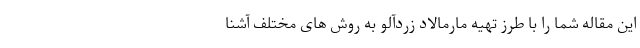
این مقاله شما را با طرز تهیه مارمالاد زردآلو به روش های مختلف آشنا